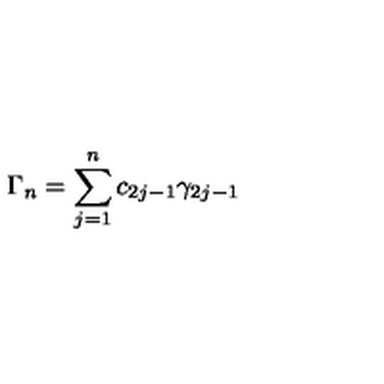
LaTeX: \Gamma _ { n } = \sum _ { j = 1 } ^ { n } c _ { 2 j - 1 } \gamma _ { 2 j - 1 }